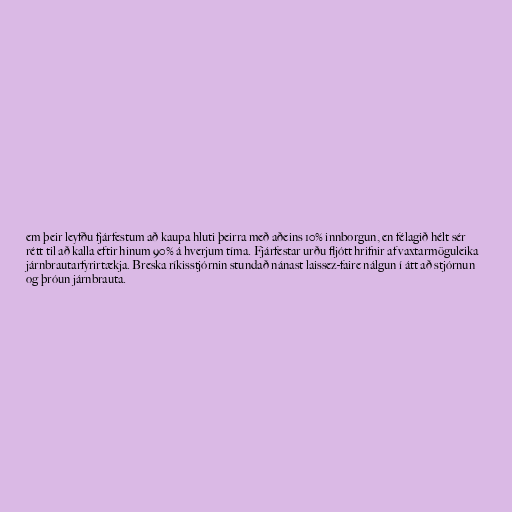
em þeir leyfðu fjárfestum að kaupa hluti þeirra með aðeins 10% innborgun, en félagið hélt sér
rétt til að kalla eftir hinum 90% á hverjum tíma. Fjárfestar urðu fljótt hrifnir af vaxtarmöguleika
járnbrautarfyrirtækja. Breska ríkisstjórnin stundað nánast laissez-faire nálgun í átt að stjórnun
og þróun járnbrauta.